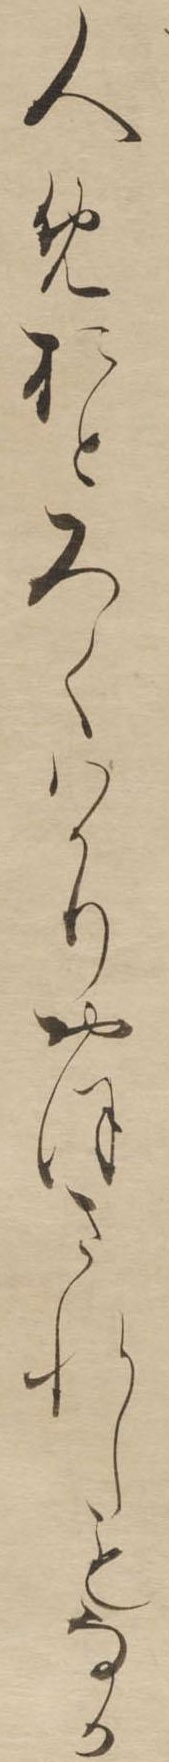
人めおとろくはかりおほされしもなか